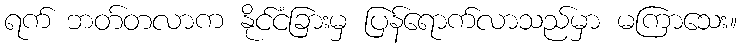
ရက် ဘတ်တလာက နိုင်ငံခြားမှ ပြန်ရောက်လာသည်မှာ မကြာသေး။